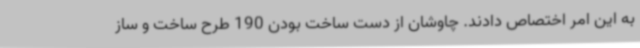
به این امر اختصاص دادند. چاوشان از دست ساخت بودن 190 طرح ساخت و ساز